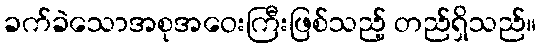
ခက်ခဲသောအစုအဝေးကြီးဖြစ်သည့် တည်ရှိသည်။